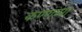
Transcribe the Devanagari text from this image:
कण्णप्पा